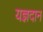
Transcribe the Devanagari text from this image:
यज्ञदान